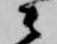
衛